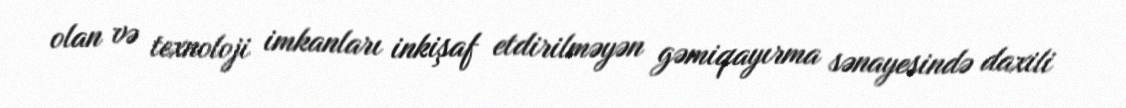
olan və texnoloji imkanları inkişaf etdirilməyən gəmiqayırma sənayesində daxili